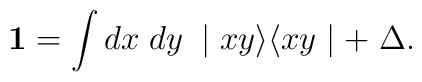
{\textbf 1} = \int dx \; dy \; \mid x y \rangle \langle x y \mid + \; \Delta  .